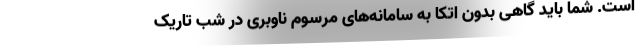
است. شما باید گاهی بدون اتکا به سامانه‌های مرسوم ناوبری در شب تاریک